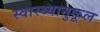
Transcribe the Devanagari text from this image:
स्वास्थ्यानुकूल